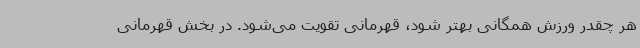
هر چقدر ورزش همگانی بهتر شود، قهرمانی تقویت می‌شود. در بخش قهرمانی